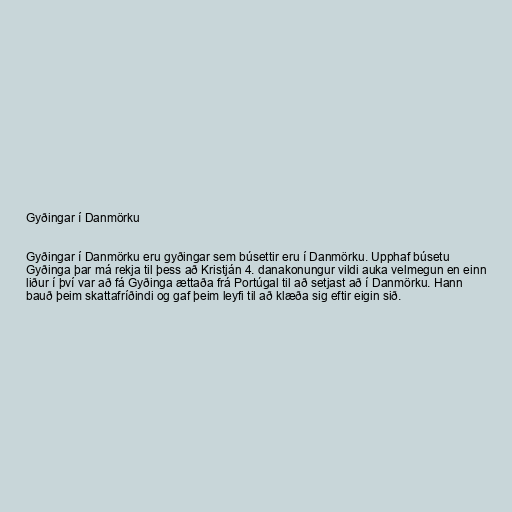
Gyðingar í Danmörku

Gyðingar í Danmörku eru gyðingar sem búsettir eru í Danmörku. Upphaf búsetu
Gyðinga þar má rekja til þess að Kristján 4. danakonungur vildi auka velmegun en einn
liður í því var að fá Gyðinga ættaða frá Portúgal til að setjast að í Danmörku. Hann
bauð þeim skattafríðindi og gaf þeim leyfi til að klæða sig eftir eigin sið.